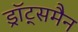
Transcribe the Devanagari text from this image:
ड्रॉट्समैन